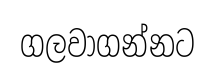
ගලවාගන්නට